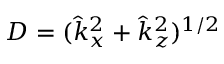
D = ( \hat { k } _ { x } ^ { 2 } + \hat { k } _ { z } ^ { 2 } ) ^ { 1 / 2 }